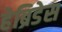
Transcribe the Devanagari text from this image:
हेब्रिडेस